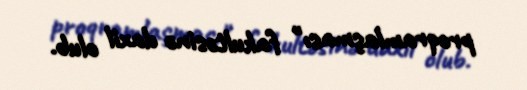
proqramlaşması" fakultəsinə daxil olub.